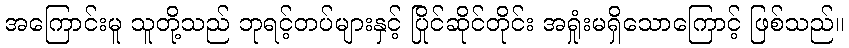
အကြောင်းမူ သူတို့သည် ဘုရင့်တပ်များနှင့် ပြိုင်ဆိုင်တိုင်း အရှုံးမရှိသောကြောင့် ဖြစ်သည်။